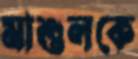
মাশুলকে